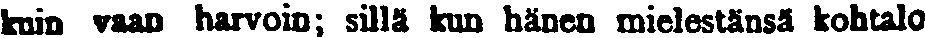
kuin vaan harvoin; sillä kun hänen mielestänsä kohtalo